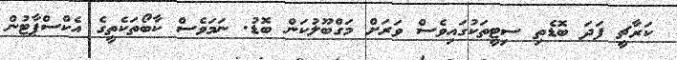
ކަރާޗީ ފަދަ ބޮޑެތި ސިޓީތަކުގައިވެސް ވަރަށް މަގްބޫލުކަން ބޮޑު. ނަމަވެސް ކާބޯތަކެތީގެ އެކްސްޕާޓުން